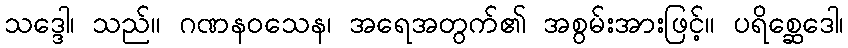
သဒ္ဒေါ၊ သည်။ ဂဏနဝသေန၊ အရေအတွက်၏ အစွမ်းအားဖြင့်။ ပရိစ္ဆေဒေါ၊